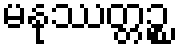
မနုဿတ္တဉ္စ